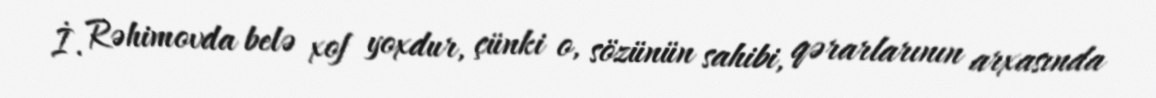
İ. Rəhimovda belə xof yoxdur, çünki o, sözünün sahibi, qərarlarının arxasında